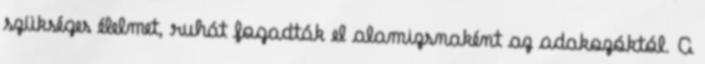
szükséges élelmet, ruhát fogadták el alamizsnaként az adakozóktól. A